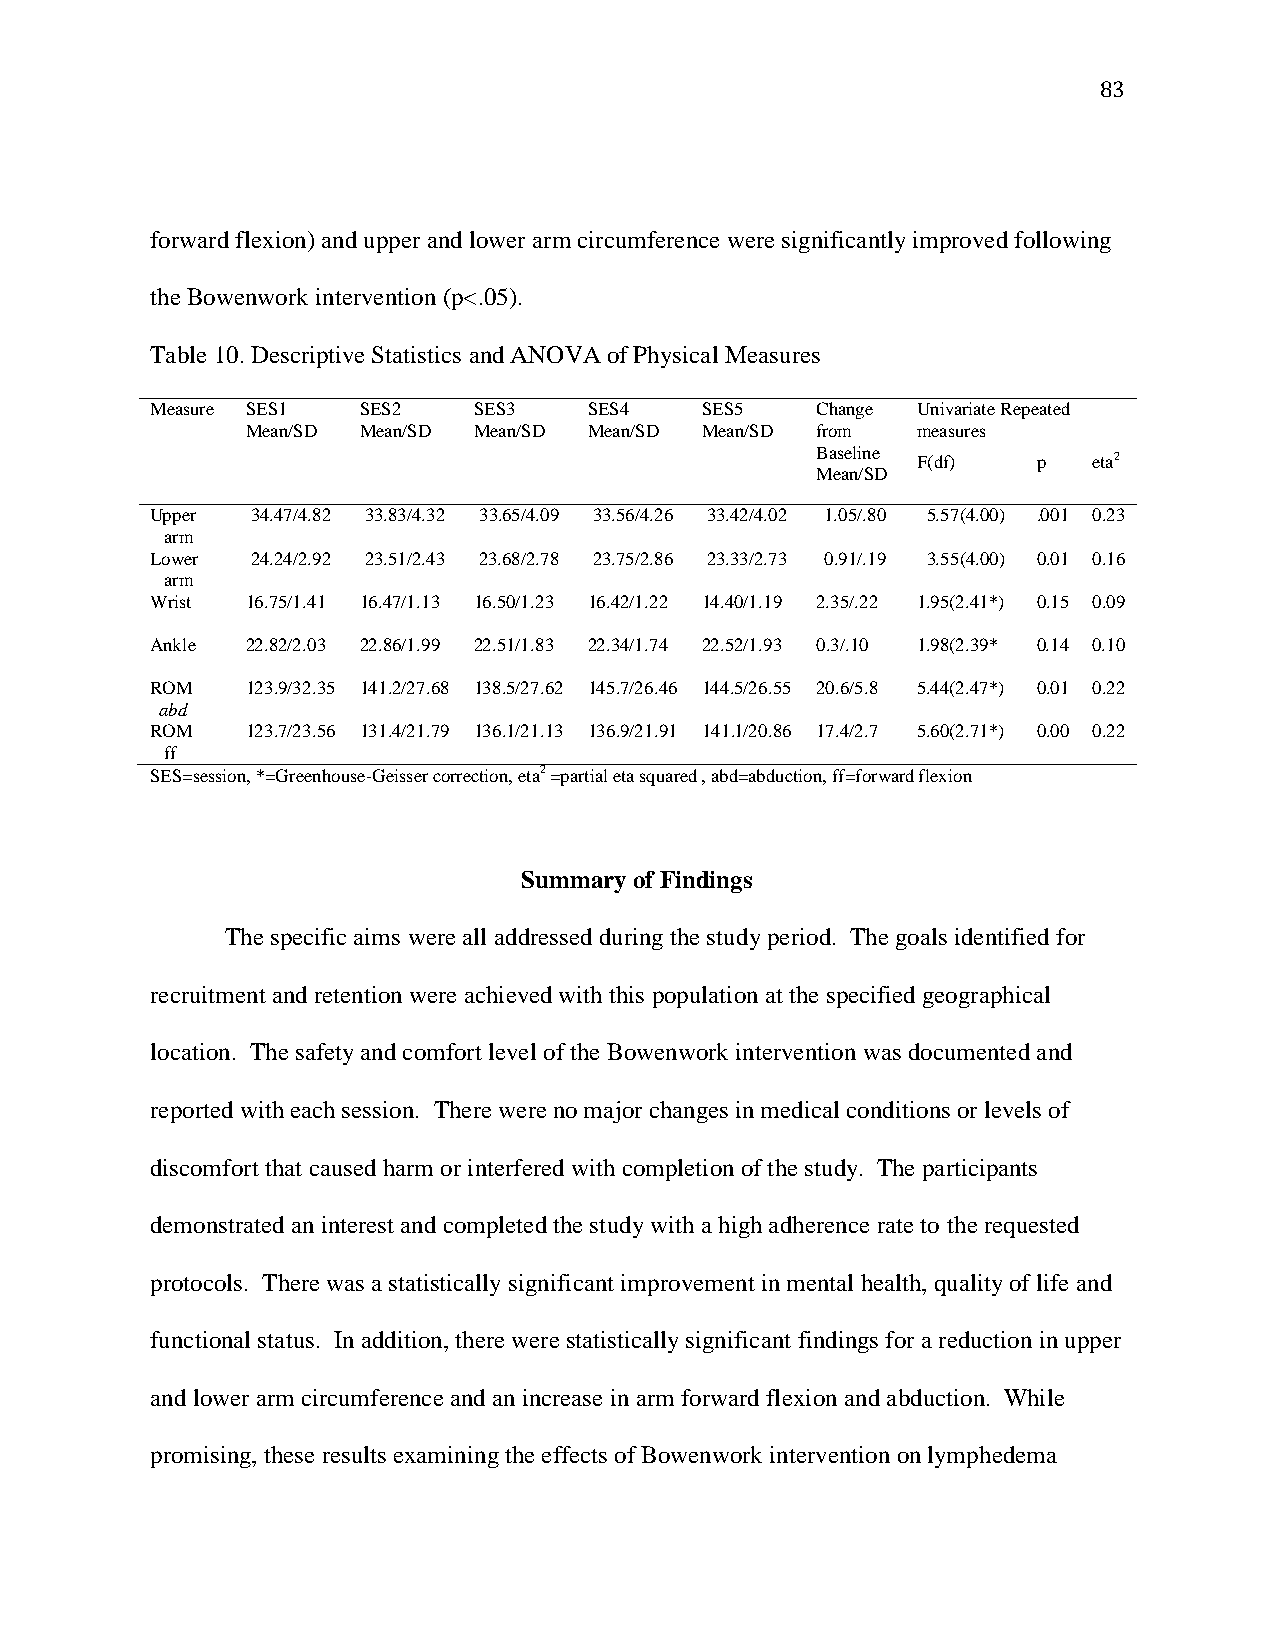
83
 forward flexion) and upper and lower arm circumference were significantly improved following
 the Bowenwork intervention (p<.05).
 Table 10. Descriptive Statistics and ANOVA of Physical Measures
 Measure SES1  SES2   SES3    SES4   SES5    Change Univariate Repeated
 Mean/SD Mean/SD Mean/SD Mean/SD Mean/SD from measures
 Baseline F(df) p  eta2
 Mean/SD
 Upper  34.47/4.82 33.83/4.32 33.65/4.09 33.56/4.26 33.42/4.02 1.05/.80 5.57(4.00) .001 0.23
 arm
 Lower  24.24/2.92 23.51/2.43 23.68/2.78 23.75/2.86 23.33/2.73 0.91/.19 3.55(4.00) 0.01 0.16
 arm
 Wrist 16.75/1.41 16.47/1.13 16.50/1.23 16.42/1.22 14.40/1.19 2.35/.22 1.95(2.41*) 0.15 0.09
 Ankle 22.82/2.03 22.86/1.99 22.51/1.83 22.34/1.74 22.52/1.93 0.3/.10 1.98(2.39* 0.14 0.10
 ROM   123.9/32.35 141.2/27.68 138.5/27.62 145.7/26.46 144.5/26.55 20.6/5.8 5.44(2.47*) 0.01 0.22
 abd
 ROM   123.7/23.56 131.4/21.79 136.1/21.13 136.9/21.91 141.1/20.86 17.4/2.7 5.60(2.71*) 0.00 0.22
 ff
 SES=session, *=Greenhouse-Geisser correction, eta2 =partial eta squared , abd=abduction, ff=forward flexion
 Summary of Findings
 The specific aims were all addressed during the study period. The goals identified for
 recruitment and retention were achieved with this population at the specified geographical
 location. The safety and comfort level of the Bowenwork intervention was documented and
 reported with each session. There were no major changes in medical conditions or levels of
 discomfort that caused harm or interfered with completion of the study. The participants
 demonstrated an interest and completed the study with a high adherence rate to the requested
 protocols. There was a statistically significant improvement in mental health, quality of life and
 functional status. In addition, there were statistically significant findings for a reduction in upper
 and lower arm circumference and an increase in arm forward flexion and abduction. While
 promising, these results examining the effects of Bowenwork intervention on lymphedema